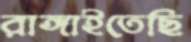
রাঙ্গাইতেছি